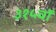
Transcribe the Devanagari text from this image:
३१५वॉ